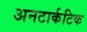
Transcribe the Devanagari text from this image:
अनटार्कटिक